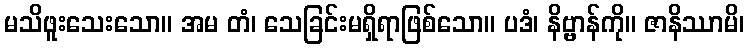
မသိဖူးသေးသော။ အမ တံ၊ သေခြင်းမရှိရာဖြစ်သော။ ပဒံ၊ နိဗ္ဗာန်ကို။ ဇာနိဿာမိ၊